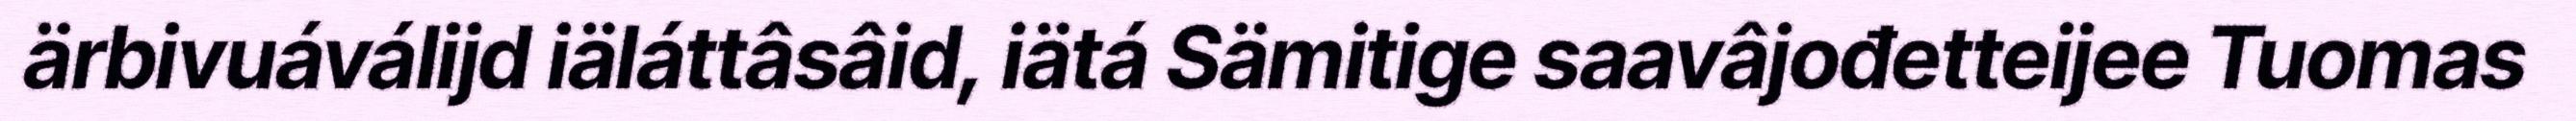
ärbivuáválijd iäláttâsâid, iätá Sämitige saavâjođetteijee Tuomas